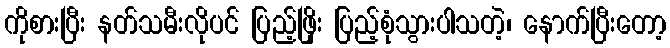
ကိုစားပြီး နတ်သမီးလိုပင် ပြည့်ဖြိုး ပြည့်စုံသွားပါသတဲ့၊ နောက်ပြီးတော့